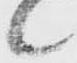
候